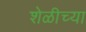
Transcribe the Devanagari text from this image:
शेळीच्या